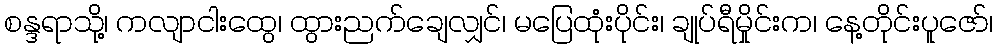
စန္ဒရာသို့၊ ကလျာငါးထွေ၊ ထွားညက်ချေလျှင်၊ မပြေထုံးပိုင်း၊ ချုပ်ရီမှိုင်းက၊ နေ့တိုင်းပူဇော်၊